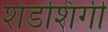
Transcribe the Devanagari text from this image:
शेडशिंगी